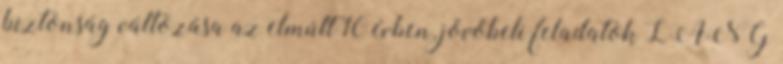
biztonság változása az elmúlt 10 évben, jövőbeli feladatok LÁNG